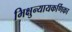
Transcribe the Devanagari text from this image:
भिक्षुन्यायकर्णिका